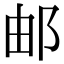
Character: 邮